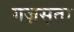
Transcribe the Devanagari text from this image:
गज़स़ता